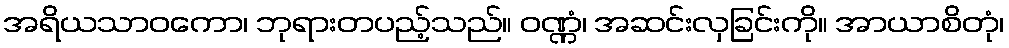
အရိယသာဝကော၊ ဘုရားတပည့်သည်။ ဝဏ္ဏံ၊ အဆင်းလှခြင်းကို။ အာယာစိတုံ၊